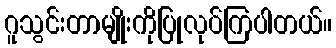
ဂူသွင်းတာမျိုးကိုပြုလုပ်ကြပါတယ်။